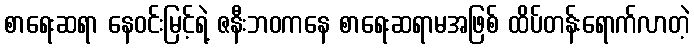
စာရေးဆရာ နေဝင်းမြင့်ရဲ့ ဇနီးဘဝကနေ စာရေးဆရာမအဖြစ် ထိပ်တန်းရောက်လာတဲ့